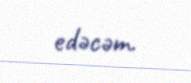
edəcəm.